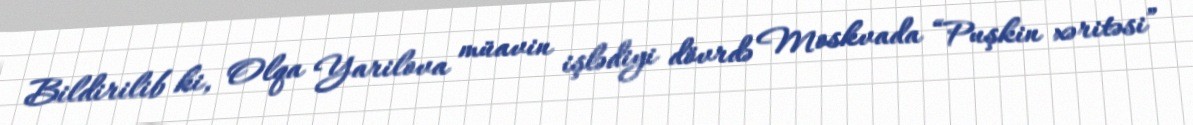
Bildirilib ki, Olqa Yarilova müavin işlədiyi dövrdə Moskvada “Puşkin xəritəsi”